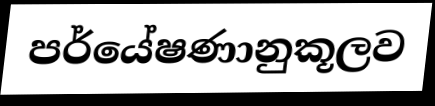
පර්යේෂණානුකූලව